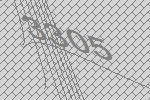
3305